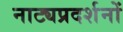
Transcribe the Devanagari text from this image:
नाट्यप्रदर्शनों